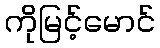
ကိုမြင့်မောင်